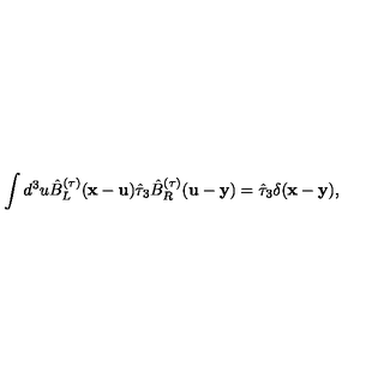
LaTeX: \int d ^ { 3 } u \hat { B } _ { L } ^ { ( \tau ) } ( { \bf x } - { \bf u } ) \hat { \tau } _ { 3 } \hat { B } _ { R } ^ { ( \tau ) } ( { \bf u } - { \bf y } ) = \hat { \tau } _ { 3 } \delta ( { \bf x } - { \bf y } ) ,